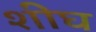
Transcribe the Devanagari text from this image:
शीघ